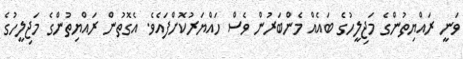
ވަނީ ރައްޔިތުންގެ މަޖިލީހުގެ ބައެއް މެންބަރުން ވެސް ހައްޔަރުކޮށްފައެވެ. އެގޮތުން ރައްޔިތުންގެ މަޖިލީހުގެ